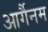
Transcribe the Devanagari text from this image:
आर्गैनम